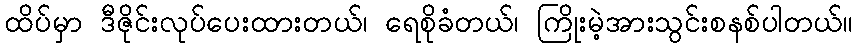
ထိပ်မှာ ဒီဇိုင်းလုပ်ပေးထားတယ်၊ ရေစိုခံတယ်၊ ကြိုးမဲ့အားသွင်းစနစ်ပါတယ်။